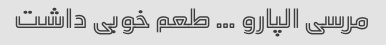
مرسی الپارو … طعم خوبی داشت